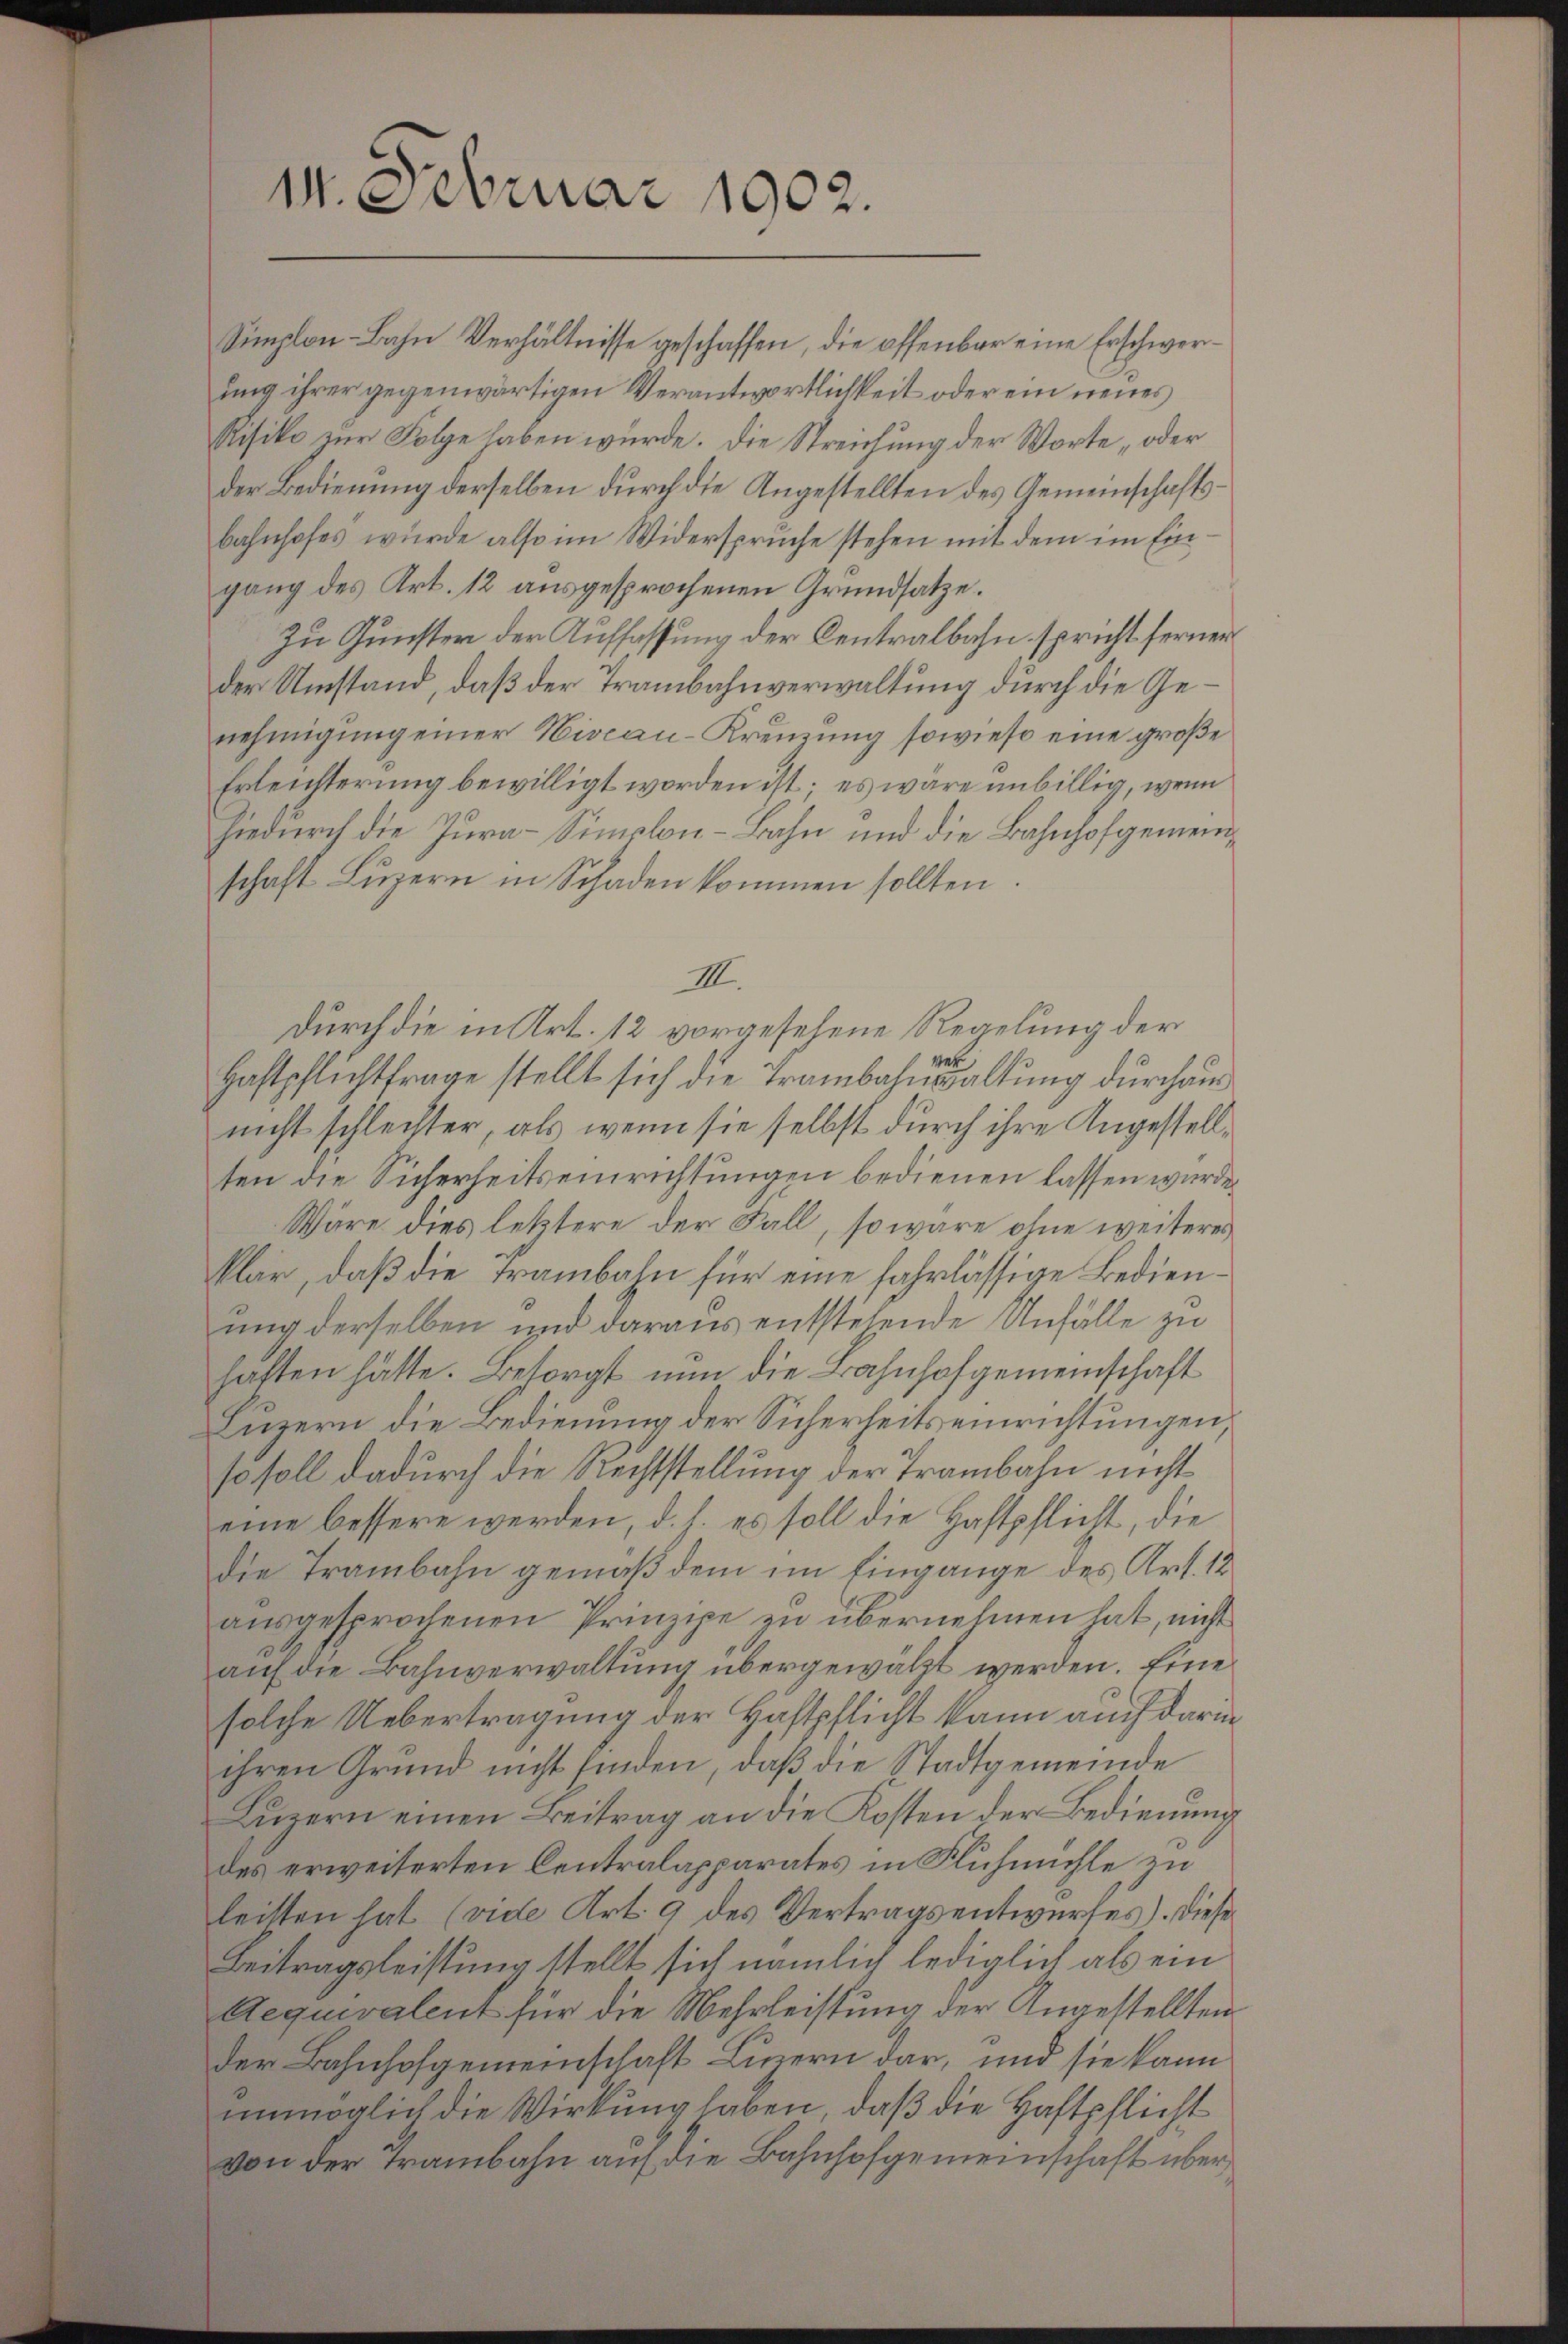
11. Februar 1902.

Simplon-Bahn Verhältnisse geschaffen, die offenbar eine Erschwerung ihrer gegenwärtigen Verantwortlichkeit oder ein neues
Risiko zur Folge haben würde. Die Streichung der Worte „oder
der Bedienung derselben durch die Angestellten des Gemeinschafts¬
Bahnhofes wurde also im Widerspruche stehen mit dem im Eingang des Art. 12 ausgesprochenen Grundsatze.
Zu Gunster der Auffassung der Centralbahn spricht ferner
der Umstand, daß der Trambahnverwaltung durch die Genehmigung einer Hiscau-Kreuzung sowieso eine große
Erleichterung bewilligt worden ist; es wäre unbillig, wenn
hiedurch die Jura-Similon-Bahn und die Bahnhofgemeinschaft Luzern in Schaden kommen sollten
III.
Durch die in Art. 12 vorgesehene Regelung der
1
Haftpflichtfrage stellt sich die Trambahnsaltung durchaunicht schlechter, als wenn sie selbst durch ihre Angestellten die Sicherheitseinrichtungen bedienen lassen würde.
Wäre dies letztere der Fall, so wäre ohne weiteres
klar, daß die Trambahn für eine fahrlässige Bedienung derselben und daraus entstehende Unfälle zu
hatten hätte. Besorgt nun die Bahnhofgemeinschaft
Luzern die Bedienung der Sicherheitseinrichtungen
so soll dadurch die Rechtstellung der Trambahn nicht
eine bessere werden, d. h. es soll die Haftpflicht, die
die Trambahn gemäß dem im Eingange des Art. 12
ausgesprochenen Prinzipe zu übernehmen hat, nicht
auf die Bahnverwaltung übergewälzt werden. Eine
solche Uebertragung der Haftpflicht kann auch darin
ihren Grund nicht finden, daβ die Stadtgemeinde
Lŭzern einen Beitrag an die Kosten der Bedienung
des erweiterten Centralapparates in Fluhmühle zu
leitten hat (vide Art. 9 des Vertragsentwurfes). Diese
Beitragsleistung stellt sich nämlich lediglich als ein
Aequivalent für die Mehrleistung der Angestellten
der Bahnhofgemeinschaft Luzern dar, und sie kann
unmöglich die Wirkung haben, daß die Haftpflicht
von der Trambahn auf die Bahnhofgemeinschaft über